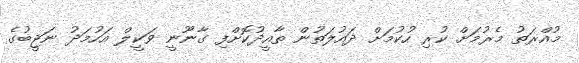
މުއްރަތު މެރުމަށް ކުރި ހުކުމަށް ދައުލަތުން ތާއީދުކޮށްފި ގާނޫނީ ވަކީލް އަހުމަދު ނަޖީބުގެ